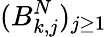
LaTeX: (B_{k,j}^{N})_{j\geq 1}